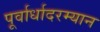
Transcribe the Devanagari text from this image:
पूर्वार्धादरम्यान